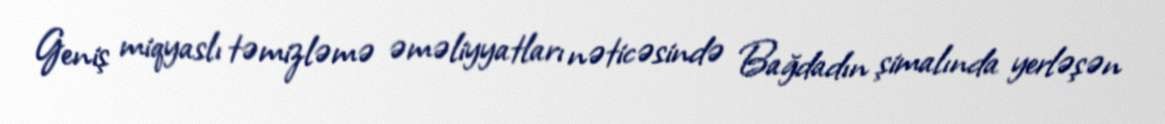
Geniş miqyaslı təmizləmə əməliyyatları nəticəsində Bağdadın şimalında yerləşən